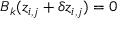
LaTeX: B _ { k } ( z _ { i , j } + \delta z _ { i , j } ) = 0